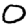
Digit: 0